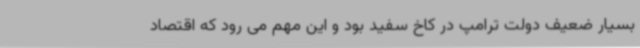
بسیار ضعیف دولت ترامپ در کاخ سفید بود و این مهم می رود که اقتصاد